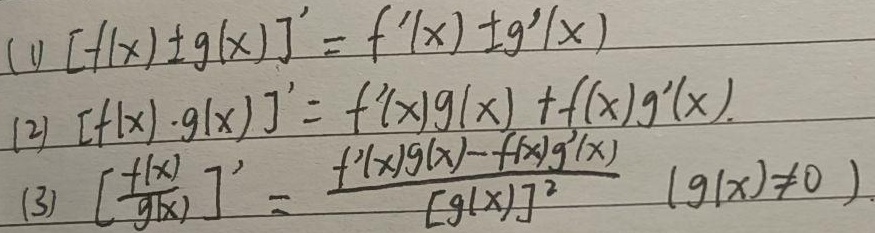
(1) \([f(x)\pm g(x)]' = f'(x)\pm g'(x)\)
(2) \([f(x)\cdot g(x)]' = f'(x)g(x)+f(x)g'(x)\)
(3) \(\left[\frac{f(x)}{g(x)}\right]'=\frac{f'(x)g(x)-f(x)g'(x)}{[g(x)]^{2}}\ (g(x)\neq0)\)